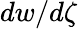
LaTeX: dw/d\zeta